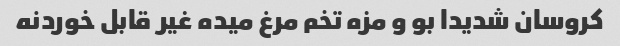
کروسان شدیدا بو و مزه تخم مرغ میده غیر قابل خوردنه